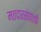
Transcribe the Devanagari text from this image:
मतदारसंघातर्फे